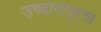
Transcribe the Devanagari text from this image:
उच्चारापुरता